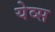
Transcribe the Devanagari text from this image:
येव्स